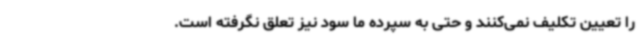
را تعیین تکلیف نمی‌کنند و حتی به سپرده ما سود نیز تعلق نگرفته است.